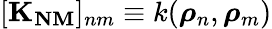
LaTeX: [\boldsymbol{\mathbf{K_{NM}}}]_{nm}\equiv k(\boldsymbol{\mathbf{\rho}}_{n},\boldsymbol{\mathbf{\rho}}_{m})